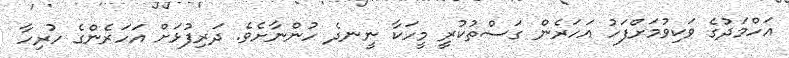
އަހްމަދުގެ ވަކިވުމަށްފަހު އަހަރެން ގަސްތުކުރީ މީހަކާ ނީނދެ ހުންނާށެވެ. ދަރިފުޅަށް އަހަރެންގެ ހުރިހާ